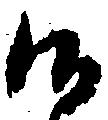
候